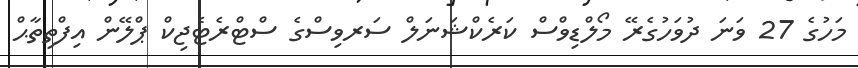
މަހުގެ 27 ވަނަ ދުވަހުގެރޭ މޯލްޑިވްސް ކަރެކްޝަނަލް ސަރވިސްގެ ސްޓްރެޓެޖިކް ޕްލޭން އިފްތިތާޙް